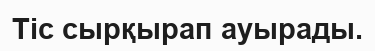
Тіс сырқырап ауырады.